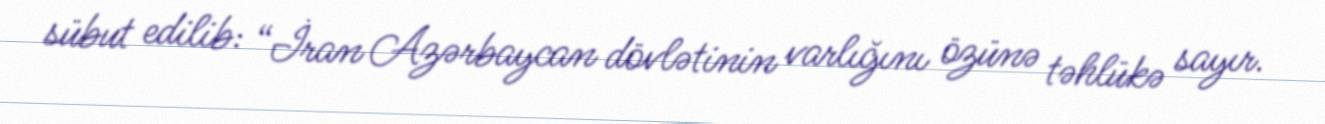
sübut edilib: “İran Azərbaycan dövlətinin varlığını özünə təhlükə sayır.